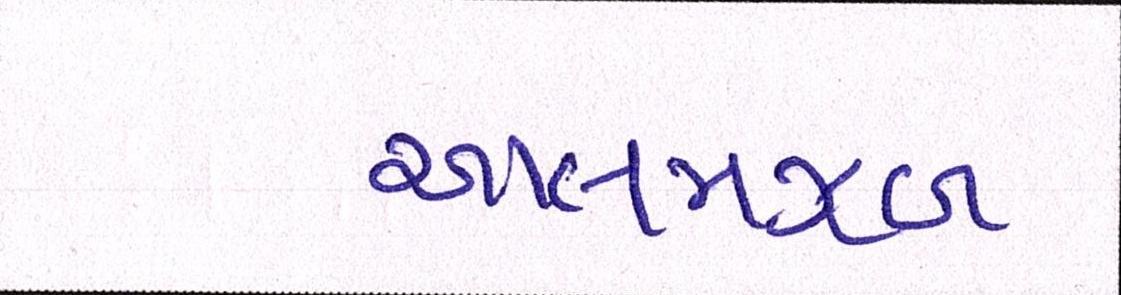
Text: આલમઝેબ